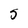
Character: 5